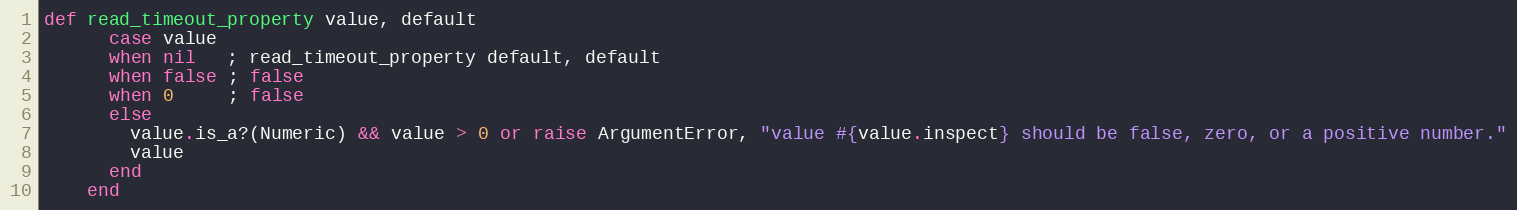
Language: Ruby
def read_timeout_property value, default
      case value
      when nil   ; read_timeout_property default, default
      when false ; false
      when 0     ; false
      else
        value.is_a?(Numeric) && value > 0 or raise ArgumentError, "value #{value.inspect} should be false, zero, or a positive number."
        value
      end
    end